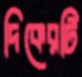
দিকেরটি